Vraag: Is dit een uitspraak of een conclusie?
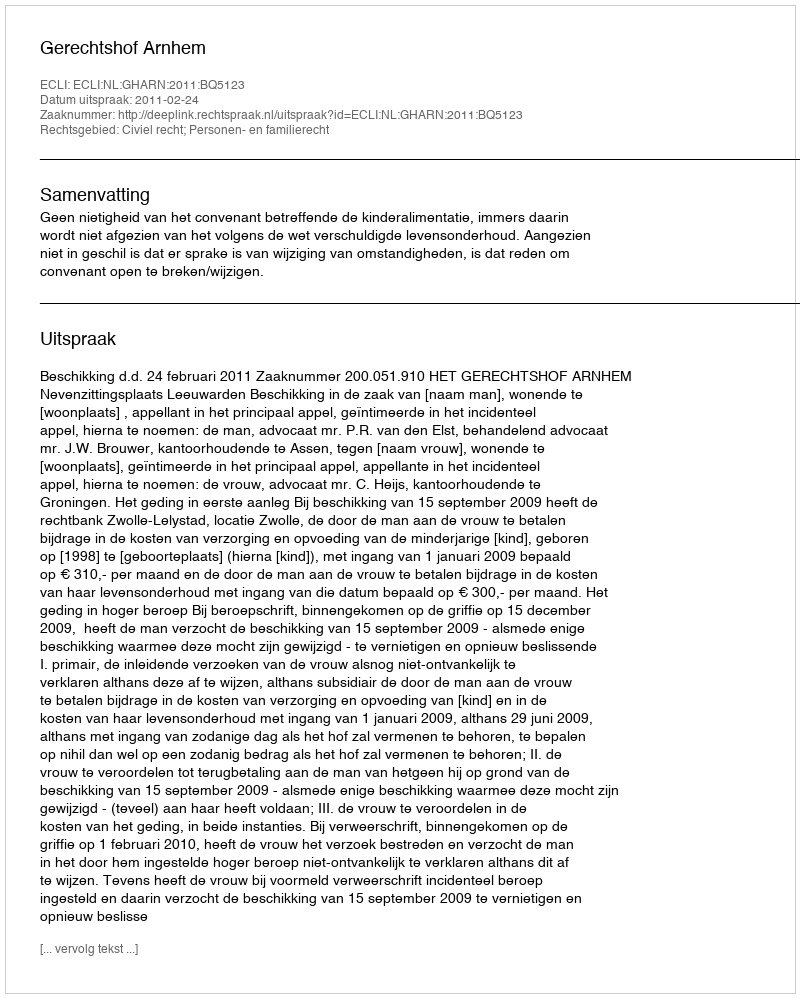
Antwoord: Uitspraak